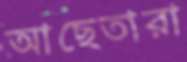
আছেতারা